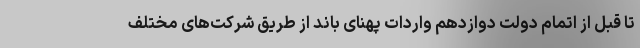
تا قبل از اتمام دولت دوازدهم واردات پهنای باند از طریق شرکت‌های مختلف